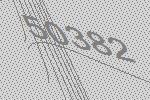
50382